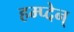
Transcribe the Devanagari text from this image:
हम्प्देन्